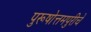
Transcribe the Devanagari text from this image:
पुरूषोत्तमपुरीचे